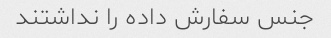
جنس سفارش داده را نداشتند